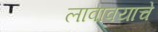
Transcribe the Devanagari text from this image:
लावावयाचे